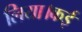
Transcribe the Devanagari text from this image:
लिया।कई